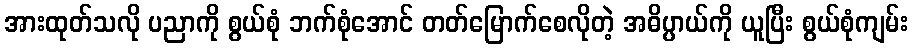
အားထုတ်သလို ပညာကို စွယ်စုံ ဘက်စုံအောင် တတ်မြောက်စေလိုတဲ့ အဓိပ္ပာယ်ကို ယူပြီး စွယ်စုံကျမ်း